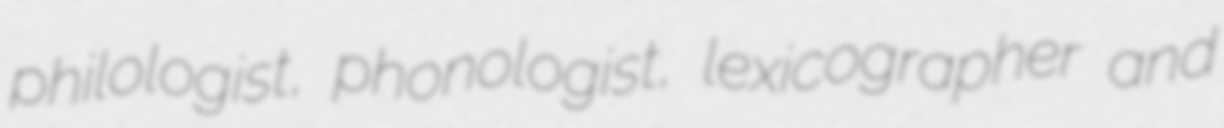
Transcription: philologist, phonologist, lexicographer and